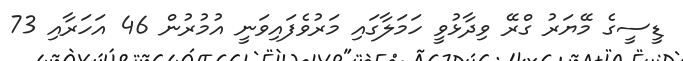
ޑީސީގެ މޭޔަރު ގްރޭ ވިދާޅުވީ ހަމަލާގައި މަރުވެފައިވަނީ އުމުރުން 46 އަހަރާއި 73